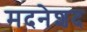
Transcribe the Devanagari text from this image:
मदनेशद